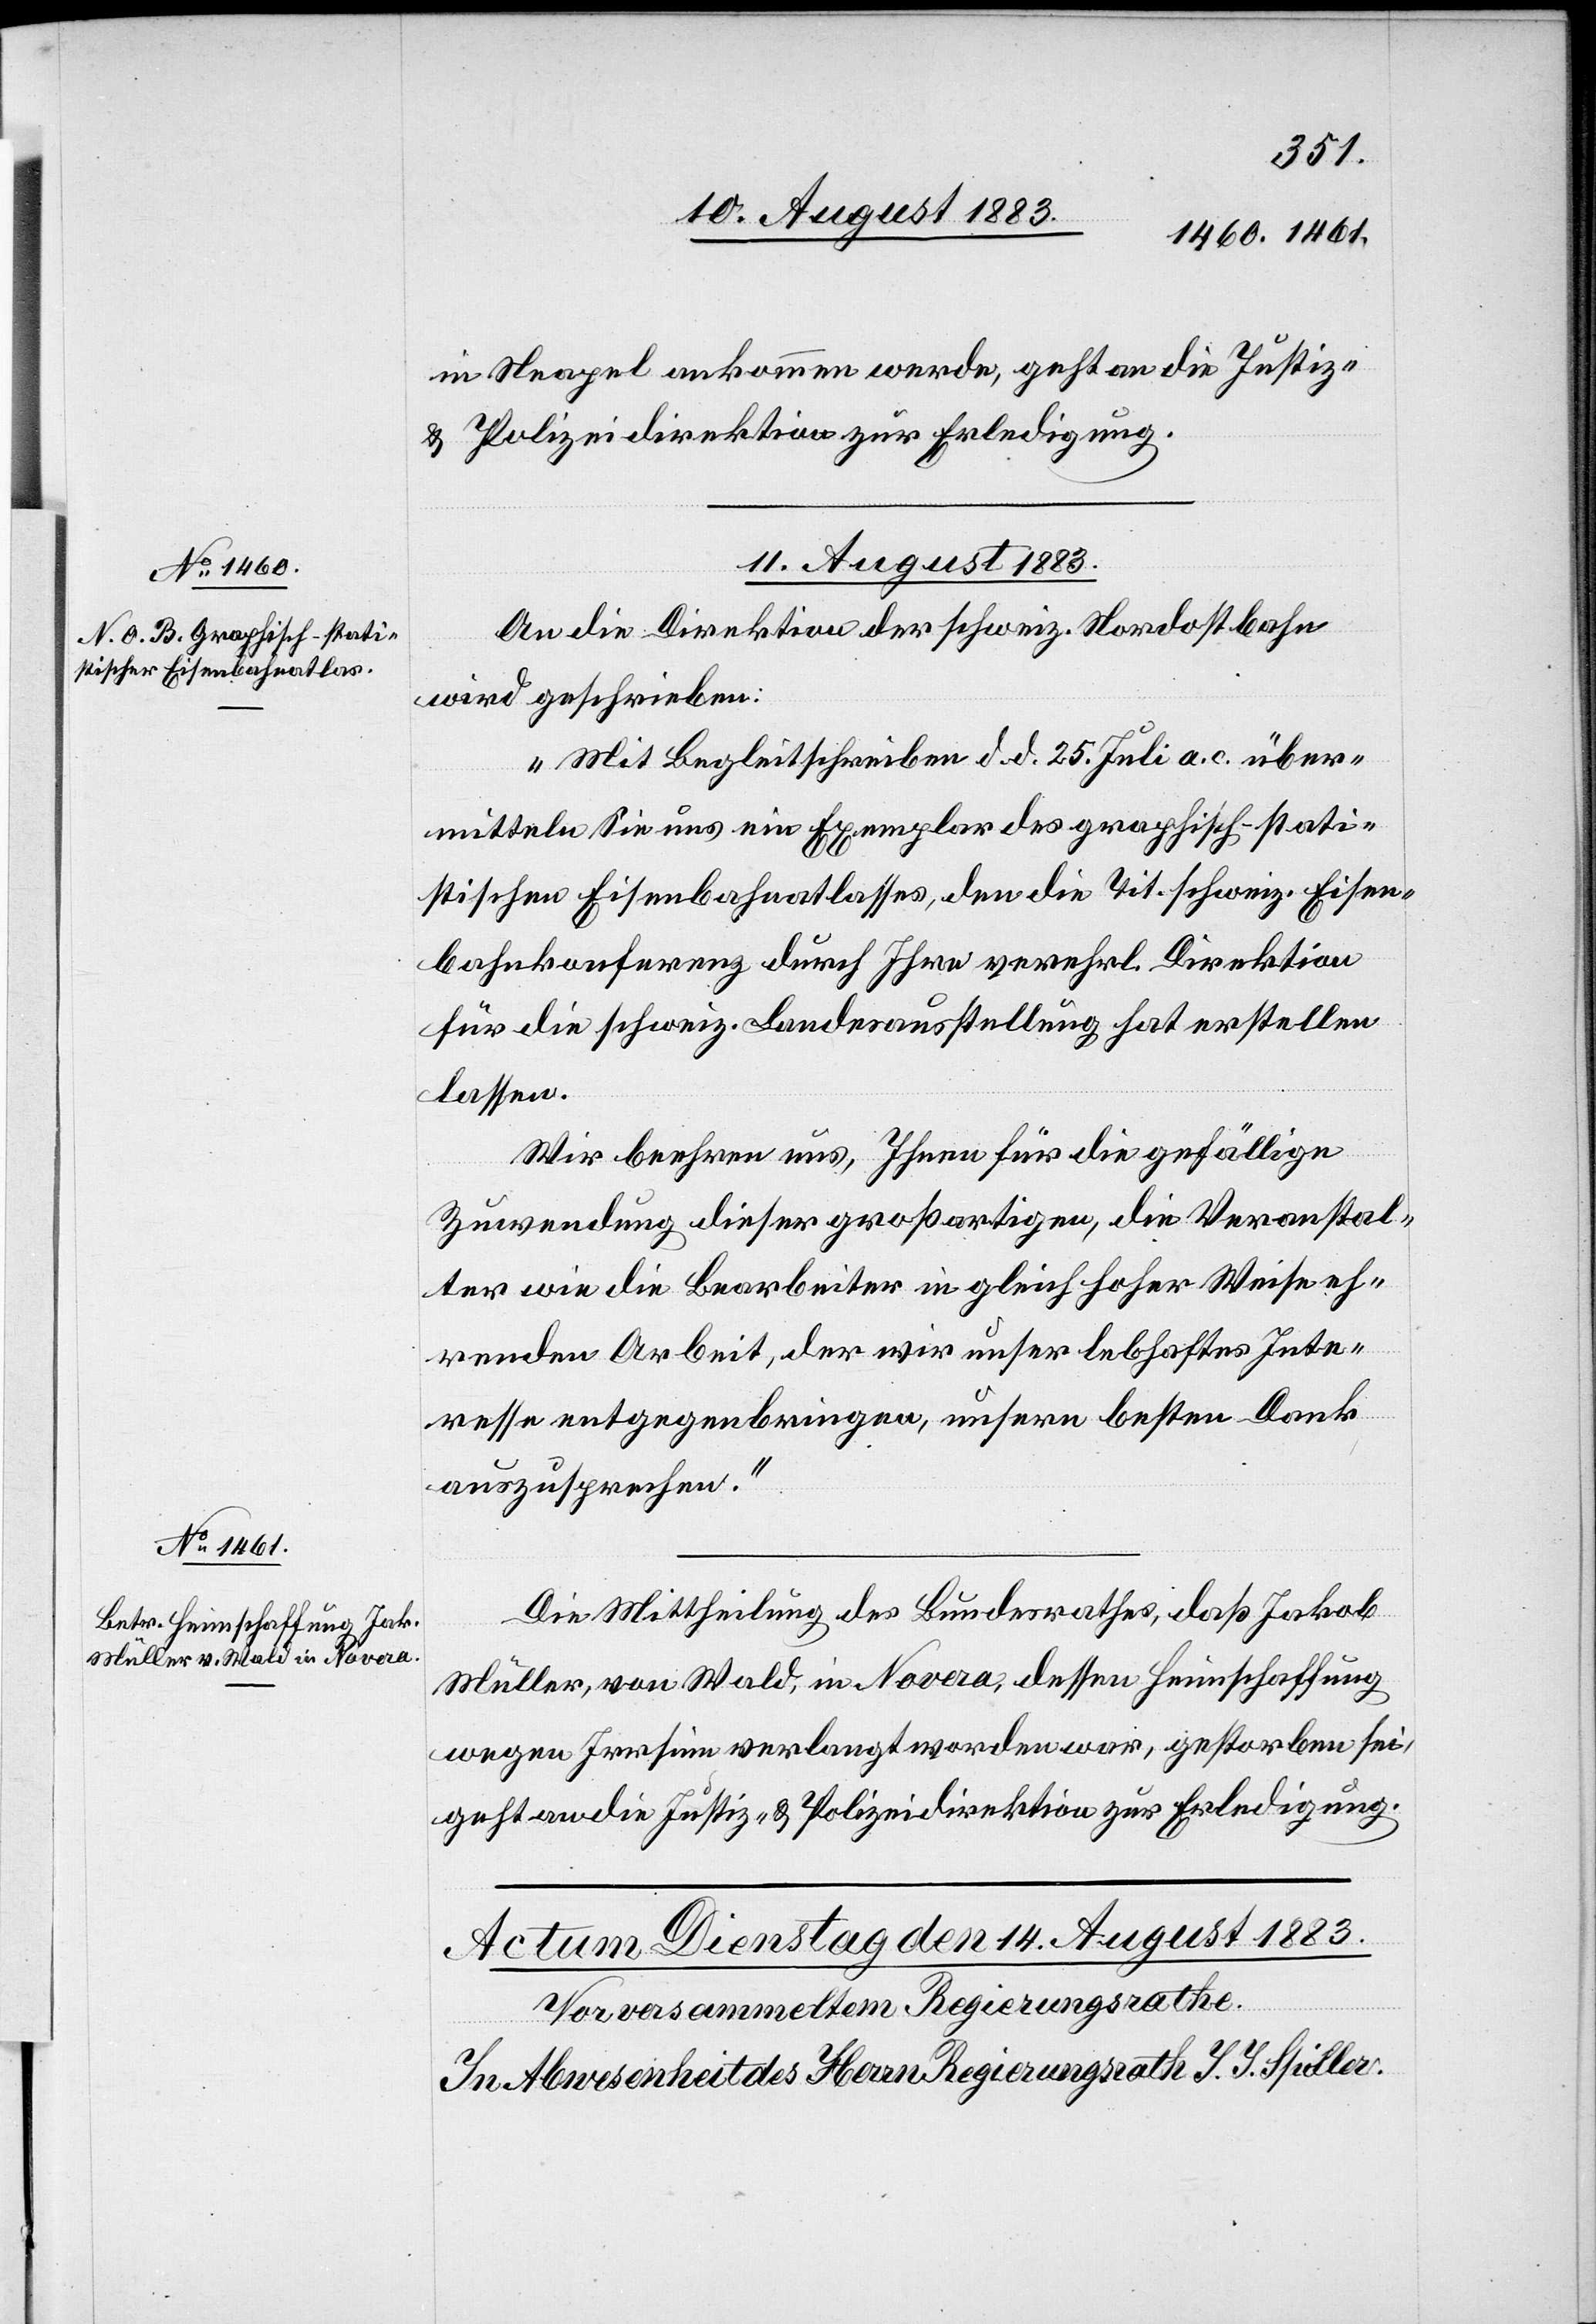
in Neapel ankommen werde, geht an die Justiz-
& Polizeidirektion zur Erledigung.
11. August 1883.]
An die Direktion der schweiz. Nordostbahn
wird geschrieben:
„Mit Begleitschreiben d. d. 25. Juli a. c. über¬
mitteln Sie uns ein Exemplar des graphisch-stati¬
stischen Eisenbahnatlasses, den die Tit. schweiz. Eisen¬
bahnkonferenz durch Ihre verehrl. Direktion
für die schweiz. Landesausstellung hat erstellen
lassen.
Wir beehren uns, Ihnen für die gefällige
Zuwendung dieser großartigen, die Veranstal¬
ter wie die Bearbeiter in gleich hoher Weise eh¬
renden Arbeit, der wir unser lebhaftes Inte¬
ressen entgegenbringen, unsern besten Dank
auszusprechen.“
Die Mittheilung des Bundesrathes, daß Jakob
Müller, von Wald, in Novera, dessen Heimschaffung
wegen Irrsinn verlangt worden war, gestorben sei,
geht an die Justiz- & Polizeidirektion zur Erledigung.